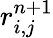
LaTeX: r_{i,j}^{n+1}